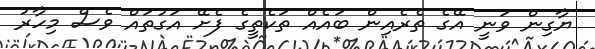
ޔާގިން ވަނީ އޭގެ ތެރެއިން ބައެއް ތަކެތީގެ ފެށޭ އަގުތައް ވެސް މިހާރު